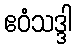
ဧဝံသဒ္ဒါ